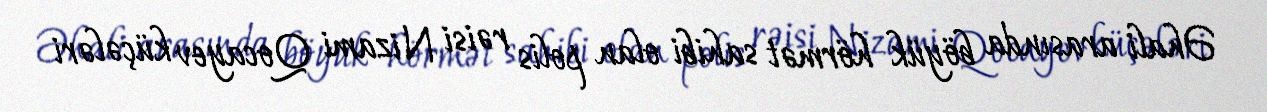
Əhali arasında böyük hörmət sahibi olan polis rəisi Nizami Qocayev küçələri